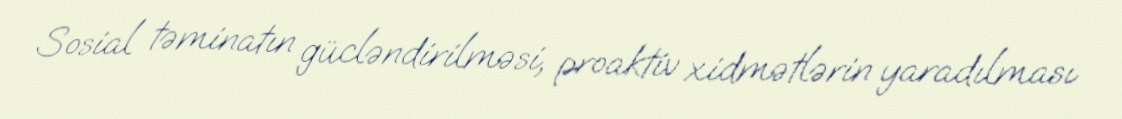
Sosial təminatın gücləndirilməsi, proaktiv xidmətlərin yaradılması